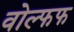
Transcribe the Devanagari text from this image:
वोल्फफ